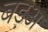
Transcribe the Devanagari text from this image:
बड़अ